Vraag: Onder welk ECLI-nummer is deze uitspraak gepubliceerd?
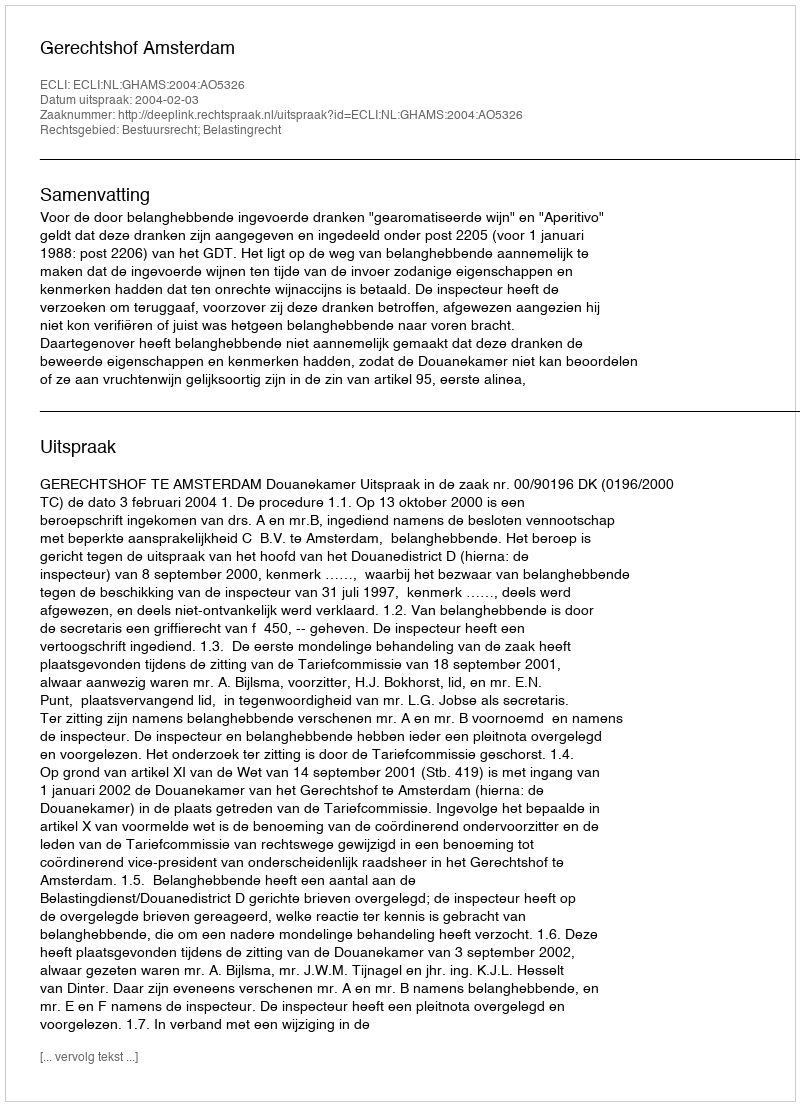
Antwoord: ECLI:NL:GHAMS:2004:AO5326